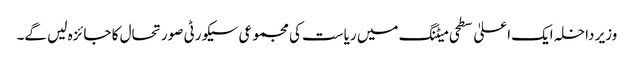
وزیر داخلہ ایک اعلیٰ سطحی میٹنگ میں ریاست کی مجموعی سیکورٹی صورتحال کا جائزہ لیں گے۔